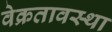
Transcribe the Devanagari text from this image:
वेक्रतावस्था